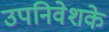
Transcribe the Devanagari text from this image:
उपनिवेशके